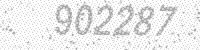
Solution: 902287